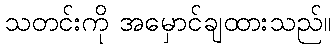
သတင်းကို အမှောင်ချထားသည်။